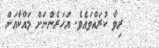
ރިވާ ކުރައްވައެވެ. އަހަރެންނަށް މައްކާއަށް